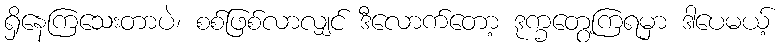
ရှိနေကြသေးတာပဲ၊ စစ်ဖြစ်လာလျှင် ဒီလောက်တော့ ဒုက္ခတွေ့ကြရမှာ ဒါပေမယ့်